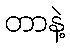
တာနဲ့